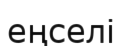
еңселі